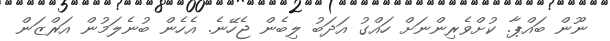
ނޫން ބައްޕާ. ކުށްވެެރިންނަށް ހައްގު އަދަބު ލިބެން ޖެހޭނެ. އެހެން ބުނެލަމުން އަރްޒަން